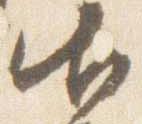
御